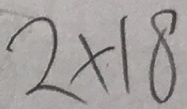
2 \times 1 8